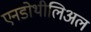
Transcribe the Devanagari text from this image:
एनडोथीलिअल